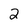
Character: 2